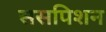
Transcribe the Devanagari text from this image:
ससपिशन